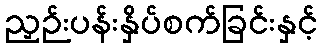
ညှဉ်းပန်းနှိပ်စက်ခြင်းနှင့်